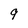
Character: 9